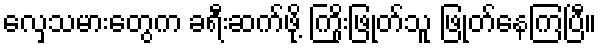
လှေသမားတွေက ခရီးဆက်ဖို့ ကြိုးဖြုတ်သူ ဖြုတ်နေကြပြီ။